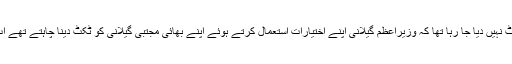
حلقے میں دوبارہ سے الیکشن کا ڈول ڈالا گیا اب کی بار دستی کو پیپلزپارٹی کا ٹکٹ نہیں دیا جا رہا تھا کہ وزیراعظم گیلانی اپنے اختیارات استعمال کرتے ہوئے اپنے بھائی مجتبیٰ گیلانی کو ٹکٹ دینا چاہتے تھے اب حلقے میں وزیرا اعظم کے بھائی کے بینر لگ گئے الیکشن کمپین شروع ہو گئی۔